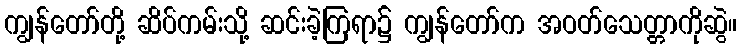
ကျွန်တော်တို့ ဆိပ်ကမ်းသို့ ဆင်းခဲ့ကြရာ၌ ကျွန်တော်က အဝတ်သေတ္တာကိုဆွဲ။